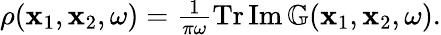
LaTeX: \begin{array}{r}{\rho(\mathbf{x}_{1},\mathbf{x}_{2},\omega)=\frac{1}{\pi\omega}\operatorname{Tr}\operatorname{Im}\mathbb{G}(\mathbf{x}_{1},\mathbf{x}_{2},\omega).}\end{array}